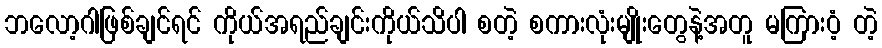
ဘလော့ဂါဖြစ်ချင်ရင် ကိုယ်အရည်ချင်းကိုယ်သိပါ စတဲ့ စကားလုံးမျိုးတွေနဲ့အတူ မကြားဝံ့ တဲ့